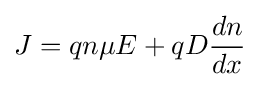
J=qn\mu E+qD{\frac {dn}{dx}}